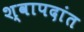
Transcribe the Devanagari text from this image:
श्वापदांत